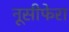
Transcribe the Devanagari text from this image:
नूसीफेरा